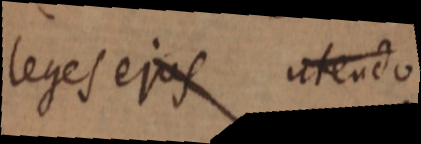
leges ejus utendo